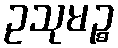
ဥသုမဉ္စ